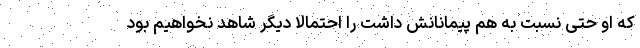
که او حتی نسبت به هم پیمانانش داشت را احتمالا دیگر شاهد نخواهیم بود